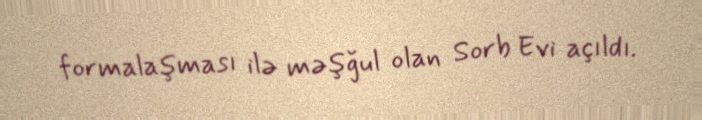
formalaşması ilə məşğul olan Sorb Evi açıldı.